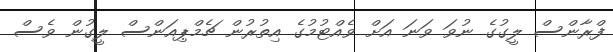
ފްރާންސް ލީގުގެ ނުވަ ވަނަ އަށް ވެއްޓުމުގެ އިތުރުން ޗެމްޕިއަންސް ލީގުން ވެސް